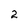
Character: 2